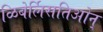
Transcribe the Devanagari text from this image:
ळिबेर्लिसतिओन्